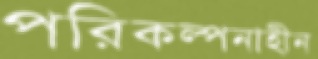
পরিকল্পনাহীন